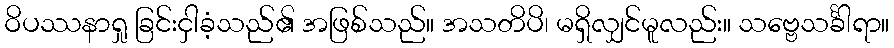
ဝိပဿနာရှု ခြင်းငှါခံ့သည်၏ အဖြစ်သည်။ အသတိပိ၊ မရှိလျှင်မူလည်း။ သဗ္ဗေသင်္ခါရာ။